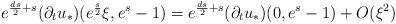
LaTeX: \begin{align*}e^{\frac{ds}{2}+s}(\partial_tu_*)(e^{\frac{s}{2}}\xi,e^s-1)=e^{\frac{ds}{2}+s}(\partial_t u_*)(0,e^s-1)+O(\xi^2)\end{align*}